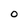
Character: O